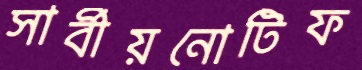
সার্বীয়নোটিফ